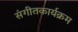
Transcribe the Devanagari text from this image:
संगीतकार्यक्रम